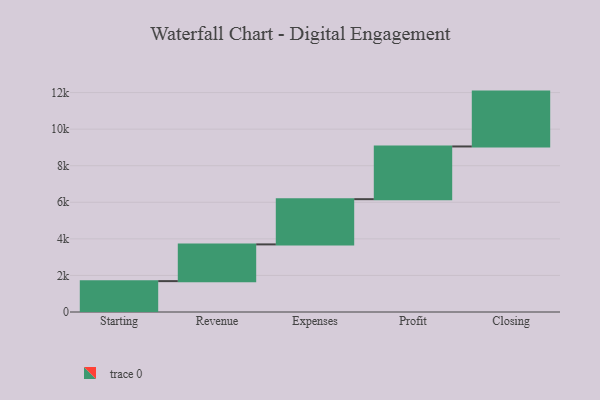
{"axis": {"x": "Step", "y": "Value"}, "legend": [""], "data": [{"x": "Starting", "y": 1688.0, "type": ""}, {"x": "Revenue", "y": 2009.0, "type": ""}, {"x": "Expenses", "y": 2473.0, "type": ""}, {"x": "Profit", "y": 2883.0, "type": ""}, {"x": "Closing", "y": 3000, "type": ""}]}